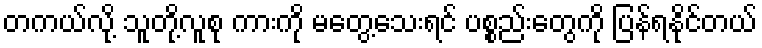
တကယ်လို့ သူတို့လူစု ကားကို မတွေ့သေးရင် ပစ္စည်းတွေကို ပြန်ရနိုင်တယ်